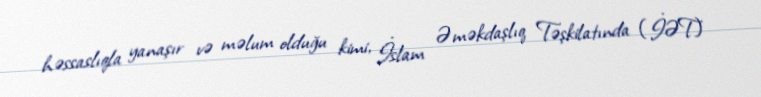
həssaslıqla yanaşır və məlum olduğu kimi, İslam Əməkdaşlıq Təşkilatında (İƏT)